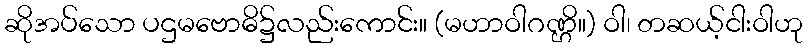
ဆိုအပ်သော ပဌမဗောဓိ၌လည်းကောင်း။ (မဟာဝါဂဏ္ဌိ။) ဝါ၊ တဆယ့်ငါးဝါဟု